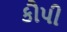
કૌપી